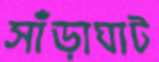
সাঁড়াঘাট